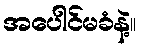
အပေါင်မခံနဲ့။